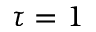
\tau = 1